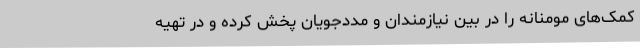
کمک‌های مومنانه را در بین نیازمندان و مددجویان پخش کرده و در تهیه